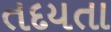
તદયતા